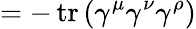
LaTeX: =-\operatorname{tr}\left(\gamma^{\mu}\gamma^{\nu}\gamma^{\rho}\right)